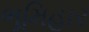
ભૂમિહાર